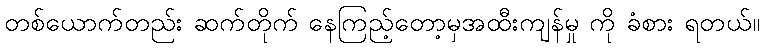
တစ်ယောက်တည်း ဆက်တိုက် နေကြည့်တော့မှအထီးကျန်မှု ကို ခံစား ရတယ်။